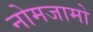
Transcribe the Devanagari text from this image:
नोमजामो